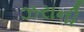
ઝરાની